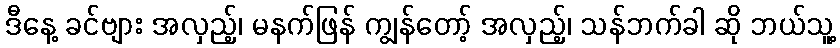
ဒီနေ့ ခင်ဗျား အလှည့်၊ မနက်ဖြန် ကျွန်တော့် အလှည့်၊ သန်ဘက်ခါ ဆို ဘယ်သူ့